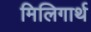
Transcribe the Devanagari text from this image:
मिलिगार्थ